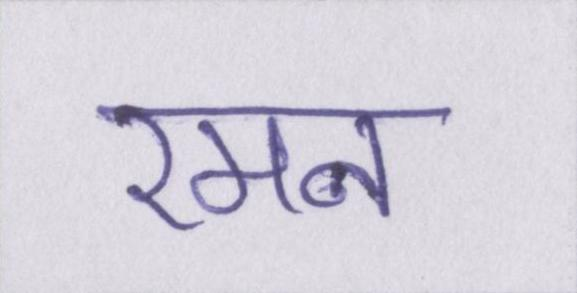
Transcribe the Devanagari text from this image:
रमन